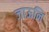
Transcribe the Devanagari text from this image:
जाऊनि